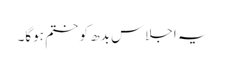
یہ اجلاس بدھ کو ختم ہوگا۔